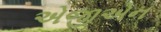
એજીએન